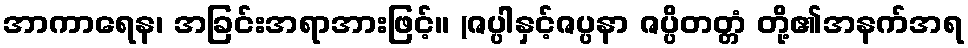
အာကာရေန၊ အခြင်းအရာအားဖြင့်။ (ဇပ္ပါနှင့်ဇပ္ပနာ ဇပ္ပိတတ္တံ တို့၏အနက်အရ